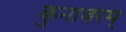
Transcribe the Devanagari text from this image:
कुनावरम्